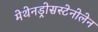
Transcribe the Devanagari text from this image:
मेथेनड्रोसस्टेनोलेन